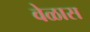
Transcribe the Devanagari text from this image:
वेळास